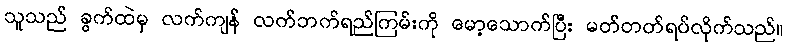
သူသည် ခွက်ထဲမှ လက်ကျန် လက်ဘက်ရည်ကြမ်းကို မော့သောက်ပြီး မတ်တတ်ရပ်လိုက်သည်။